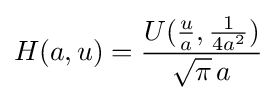
H(a,u)={\frac {U({\frac {u}{a}},{\frac {1}{4a^{2}}})}{{\sqrt {\pi }}\,a}}